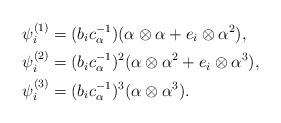
LaTeX: \begin{align*} \psi_i^{(1)} &= (b_i c_{\alpha}^{-1}) (\alpha \otimes \alpha + e_i \otimes \alpha^2),\\ \psi_i^{(2)} &= (b_i c_{\alpha}^{-1})^2 (\alpha \otimes \alpha^2 + e_i \otimes \alpha^3),\\ \psi_i^{(3)} &= (b_i c_{\alpha}^{-1})^3 (\alpha \otimes \alpha^3).\end{align*}